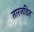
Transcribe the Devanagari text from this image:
तारजडित